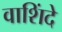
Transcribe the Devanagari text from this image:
वाशिंदे